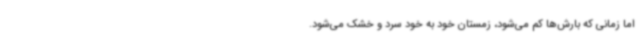
اما زمانی که بارش‌ها کم می‌شود، زمستان خود به خود سرد و خشک می‌شود.